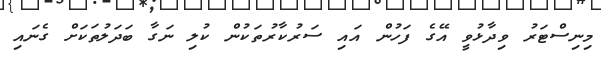
މިނިސްޓަރު ވިދާޅުވީ އޭގެ ފަހުން އައި ސަރުކާރުތަކުން ކުލި ނަގާ ބަދަލުތަކަށް ގެނައި